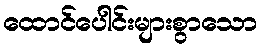
ထောင်ပေါင်းများစွာသော